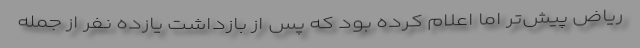
ریاض پیش‌تر اما اعلام کرده بود که پس از بازداشت یازده نفر از جمله